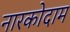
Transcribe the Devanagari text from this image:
नारकोदाम